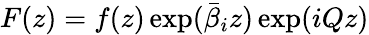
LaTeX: F(z)=f(z)\exp({\bar{\beta}}_{i}z)\exp(iQz)